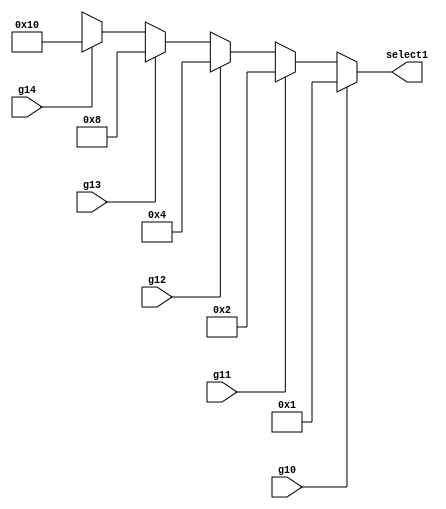
`timescale 1ns / 1ps
//////////////////////////////////////////////////////////////////////////////////
// Company: 
// Engineer: 
// 
// Design Name: 
// Module Name:    selector 
// Project Name: 
// Target Devices: 
// Tool versions: 
// Description: 
//
// Dependencies: 
//
// Revision: 
// Revision 0.01 - File Created
// Additional Comments: 
//
//////////////////////////////////////////////////////////////////////////////////
module selectorR31(// g00, g01, g02, g03, g04,
                g10, g11, g12, g13, g14, 
					 // g20, g21, g22, g23, g24, 
					 // g30, g31, g32, g33, g34, 
					//  g40, g41, g42, g43, g44,
                  select1						  
    );
//input g00, g01, g02, g03, g04;
input g10, g11, g12, g13, g14; 
//input g20, g21, g22, g23, g24; 
//input g30, g31, g32, g33, g34;
//input g40, g41, g42, g43, g44;
output reg[4:0] select1;
always @(g10 or g11 or g12 or g13 or g14)
begin
if(g10==1)
begin
select1 = 5'b00001;
end
else if(g11==1)
begin
select1 = 5'b00010;
end
else if(g12==1)
begin
select1 = 5'b00100;
end
else if(g13==1)
begin
select1 = 5'b01000;
end
else if(g14==1)
begin
select1 = 5'b10000;
end
else
begin
select1 = 5'bxxxxx;
end

end	 
endmodule